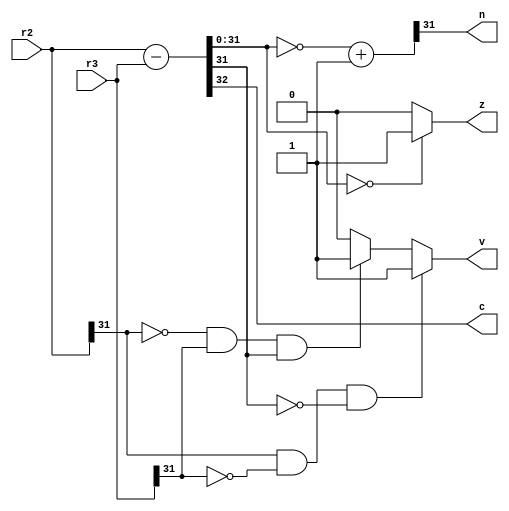
module cmpr1r2 (r2, r3, n, z, c, v);
input [31:0] r2, r3;
output reg n, z, c, v;
wire [32:0] r0;
wire [31:0] r4;
assign r0 = r2 - r3;
assign r4 = ~(r0[31:0]) + 1'b1;
always @ *
begin
n = r4[31];
c = r0[32];

if ( r0[31:0] == 32'b0)
	z = 1'b1;
else
begin
	z = 1'b0;
end

if (r2[31] == 1 && r3[31] == 0 && r0[31] == 0)
	v = 1'b1;
else if (r2[31] == 0 && r3[31] == 1 && r0[31] == 1)
	v = 1'b1;
else
begin
	v = 1'b0;
end

end
endmodule